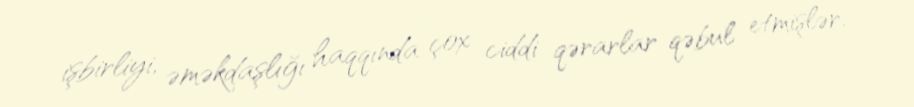
işbirliyi, əməkdaşlığı haqqında çox ciddi qərarlar qəbul etmişlər.